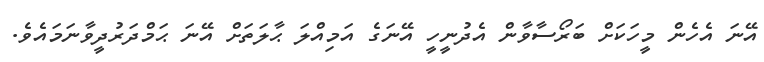
އޭނަ އެހެން މީހަކަށް ބަރޯސާވާން އެދުނީހީ އޭނަގެ އަމިއްލަ ޙާލަތަށް އޭނަ ޙަމްދަރުދީވާނަމައެވެ.